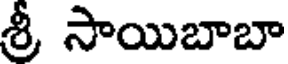
శ్రీ సాయిబాబా